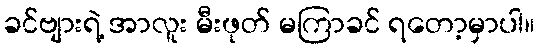
ခင်ဗျားရဲ့ အာလူး မီးဖုတ် မကြာခင် ရတော့မှာပါ။